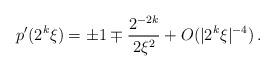
LaTeX: \begin{align*}p'(2^k\xi)= \pm 1 \mp \frac{2^{-2k}}{2\xi^2} + O(|2^k\xi|^{-4})\, .\end{align*}